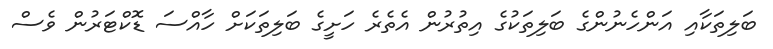
ބަލިތަކާއި އަންހެނުންގެ ބަލިތަކުގެ އިތުރުން އެތެރެ ހަށީގެ ބަލިތަކަށް ހާއްސަ ޑޮކްޓަރުން ވެސް